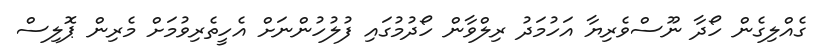
ގެއްލިގެން ހޯދާ ނޫސްވެރިޔާ އަހުމަދު ރިލްވާން ހޯދުމުގައި ފުލުހުންނަށް އެހީތެރިވުމަށް މެރިން ޕޮލިސް